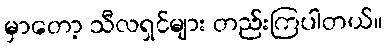
မှာတော့ သီလရှင်များ တည်းကြပါတယ်။